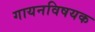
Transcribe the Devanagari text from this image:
गायनविषयक